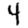
Digit: 4